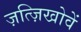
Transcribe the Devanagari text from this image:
ज़त्ज़िखोवें